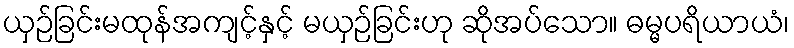
ယှဉ်ခြင်းမထုန်အကျင့်နှင့် မယှဉ်ခြင်းဟု ဆိုအပ်သော။ ဓမ္မပရိယာယံ၊